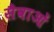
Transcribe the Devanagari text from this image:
सैवाओं